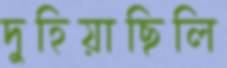
দুহিয়াছিলি